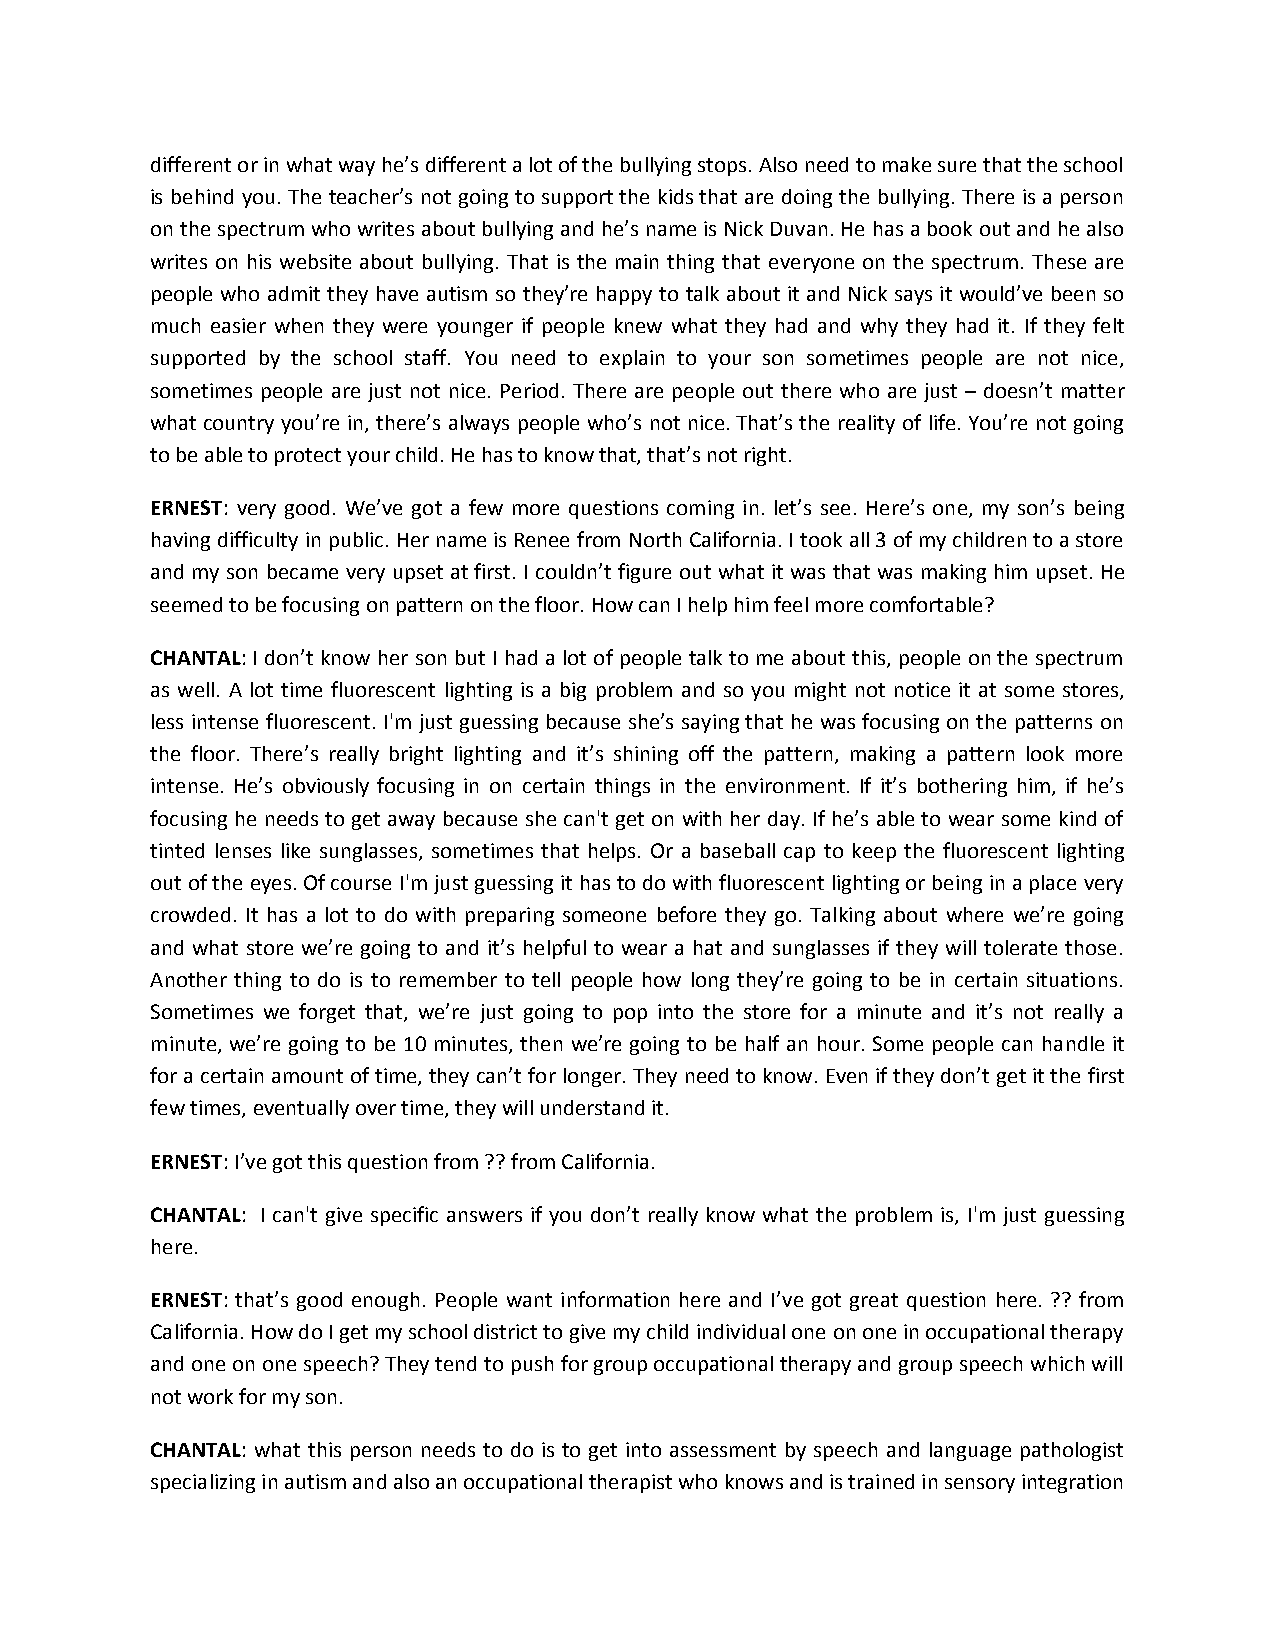
different or in what way he’s different a lot of the bullying stops. Also need to make sure that the school
 is behind you. The teacher’s not going to support the kids that are doing the bullying. There is a person
 on the spectrum who writes about bullying and he’s name is Nick Duvan. He has a book out and he also
 writes on his website about bullying. That is the main thing that everyone on the spectrum. These are
 people who admit they have autism so they’re happy to talk about it and Nick says it would’ve been so
 much easier when they were younger if people knew what they had and why they had it. If they felt
 supported by the school staff. You need to explain to your son sometimes people are not nice,
 sometimes people are just not nice. Period. There are people out there who are just – doesn’t matter
 what country you’re in, there’s always people who’s not nice. That’s the reality of life. You’re not going
 to be able to protect your child. He has to know that, that’s not right.
 ERNEST: very good. We’ve got a few more questions coming in. let’s see. Here’s one, my son’s being
 having difficulty in public. Her name is Renee from North California. I took all 3 of my children to a store
 and my son became very upset at first. I couldn’t figure out what it was that was making him upset. He
 seemed to be focusing on pattern on the floor. How can I help him feel more comfortable?
 CHANTAL: I don’t know her son but I had a lot of people talk to me about this, people on the spectrum
 as well. A lot time fluorescent lighting is a big problem and so you might not notice it at some stores,
 less intense fluorescent. I'm just guessing because she’s saying that he was focusing on the patterns on
 the floor. There’s really bright lighting and it’s shining off the pattern, making a pattern look more
 intense. He’s obviously focusing in on certain things in the environment. If it’s bothering him, if he’s
 focusing he needs to get away because she can't get on with her day. If he’s able to wear some kind of
 tinted lenses like sunglasses, sometimes that helps. Or a baseball cap to keep the fluorescent lighting
 out of the eyes. Of course I'm just guessing it has to do with fluorescent lighting or being in a place very
 crowded. It has a lot to do with preparing someone before they go. Talking about where we’re going
 and what store we’re going to and it’s helpful to wear a hat and sunglasses if they will tolerate those.
 Another thing to do is to remember to tell people how long they’re going to be in certain situations.
 Sometimes we forget that, we’re just going to pop into the store for a minute and it’s not really a
 minute, we’re going to be 10 minutes, then we’re going to be half an hour. Some people can handle it
 for a certain amount of time, they can’t for longer. They need to know. Even if they don’t get it the first
 few times, eventually over time, they will understand it.
 ERNEST: I’ve got this question from ?? from California.
 CHANTAL: I can't give specific answers if you don’t really know what the problem is, I'm just guessing
 here.
 ERNEST: that’s good enough. People want information here and I’ve got great question here. ?? from
 California. How do I get my school district to give my child individual one on one in occupational therapy
 and one on one speech? They tend to push for group occupational therapy and group speech which will
 not work for my son.
 CHANTAL: what this person needs to do is to get into assessment by speech and language pathologist
 specializing in autism and also an occupational therapist who knows and is trained in sensory integration